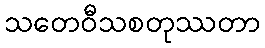
သတေဝီသစတုဿတာ